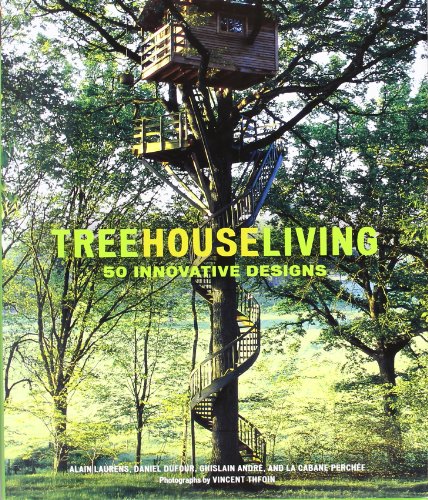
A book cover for Treehouse Living: 50 Innovative Designs; La Cabane Perchee Company; Crafts, Hobbies & Home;